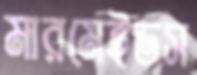
মারমেইডস